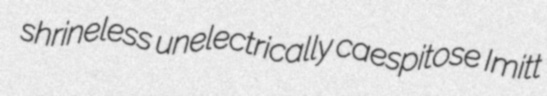
shrineless unelectrically caespitose Imitt